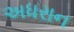
અધરાન